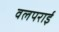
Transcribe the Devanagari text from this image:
वलपराई